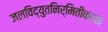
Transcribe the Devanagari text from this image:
जलविद्युतनिर्मितीकरता